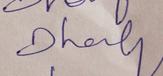
Signature authenticity: genuine